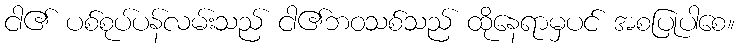
ငါ၏ ပစ်စုပ်ပန်လမ်းသည် ငါ၏ဘဝသစ်သည် ထိုနေရာမှပင် အစပြုပါစေ။